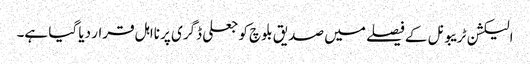
الیکشن ٹریبونل کے فیصلے میں صدیق بلوچ کو جعلی ڈگری پر نااہل قرار دیا گیا ہے۔